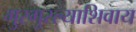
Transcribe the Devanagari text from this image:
गुरगुरल्याशिवाय